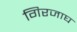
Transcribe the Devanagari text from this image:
गिरजाघ